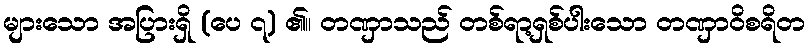
များသော အပြားရှိ (ပေ ၇) ၏။ တဏှာသည် တစ်ရာ့ရှစ်ပါးသော တဏှာဝိစရိတ